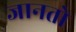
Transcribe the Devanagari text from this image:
जानतो